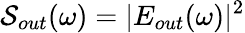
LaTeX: \mathcal{S}_{out}(\omega)=|E_{out}(\omega)|^{2}